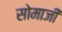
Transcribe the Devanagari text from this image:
सोमाजी